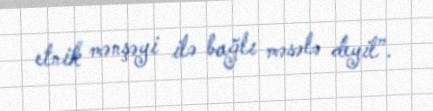
etnik mənşəyi ilə bağlı məsələ deyil”.